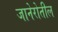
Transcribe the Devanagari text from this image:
जानेरोतील